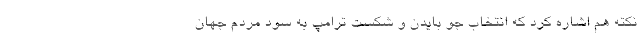
نکته هم اشاره کرد که انتخاب جو بایدن و شکست ترامپ به سود مردم جهان